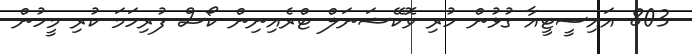
803 އައިސީޓީއާ ގުޅުން ހުރި ވޮކޭޝަނަލް ޓްރެއިނިން ކޯސް ފުރިހަމަ ކުރި މީހުން